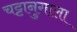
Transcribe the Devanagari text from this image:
चट्टानुगाला